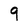
Character: 9